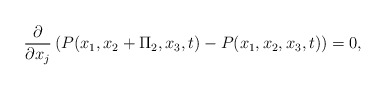
\begin{align*}\frac{\partial}{\partial x_j}\left(P(x_1,x_2+\Pi_2,x_3,t)-P(x_1,x_2,x_3,t)\right)=0,\end{align*}